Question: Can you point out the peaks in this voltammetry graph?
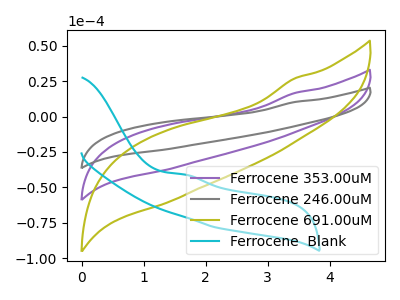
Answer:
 <answer>The purple curve "Ferrocene 353.00uM" has no peaks. The gray curve "Ferrocene 246.00uM" has no peaks. The olive curve "Ferrocene 691.00uM" has no peaks. The cyan curve "Ferrocene  Blank" has an anodic peak at: (1.65V, -40.95uA).</answer>
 <eval></eval>